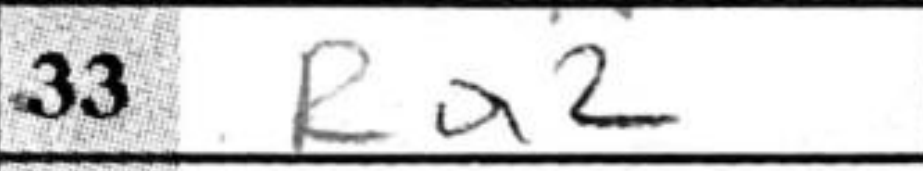
Transcription: Ra2